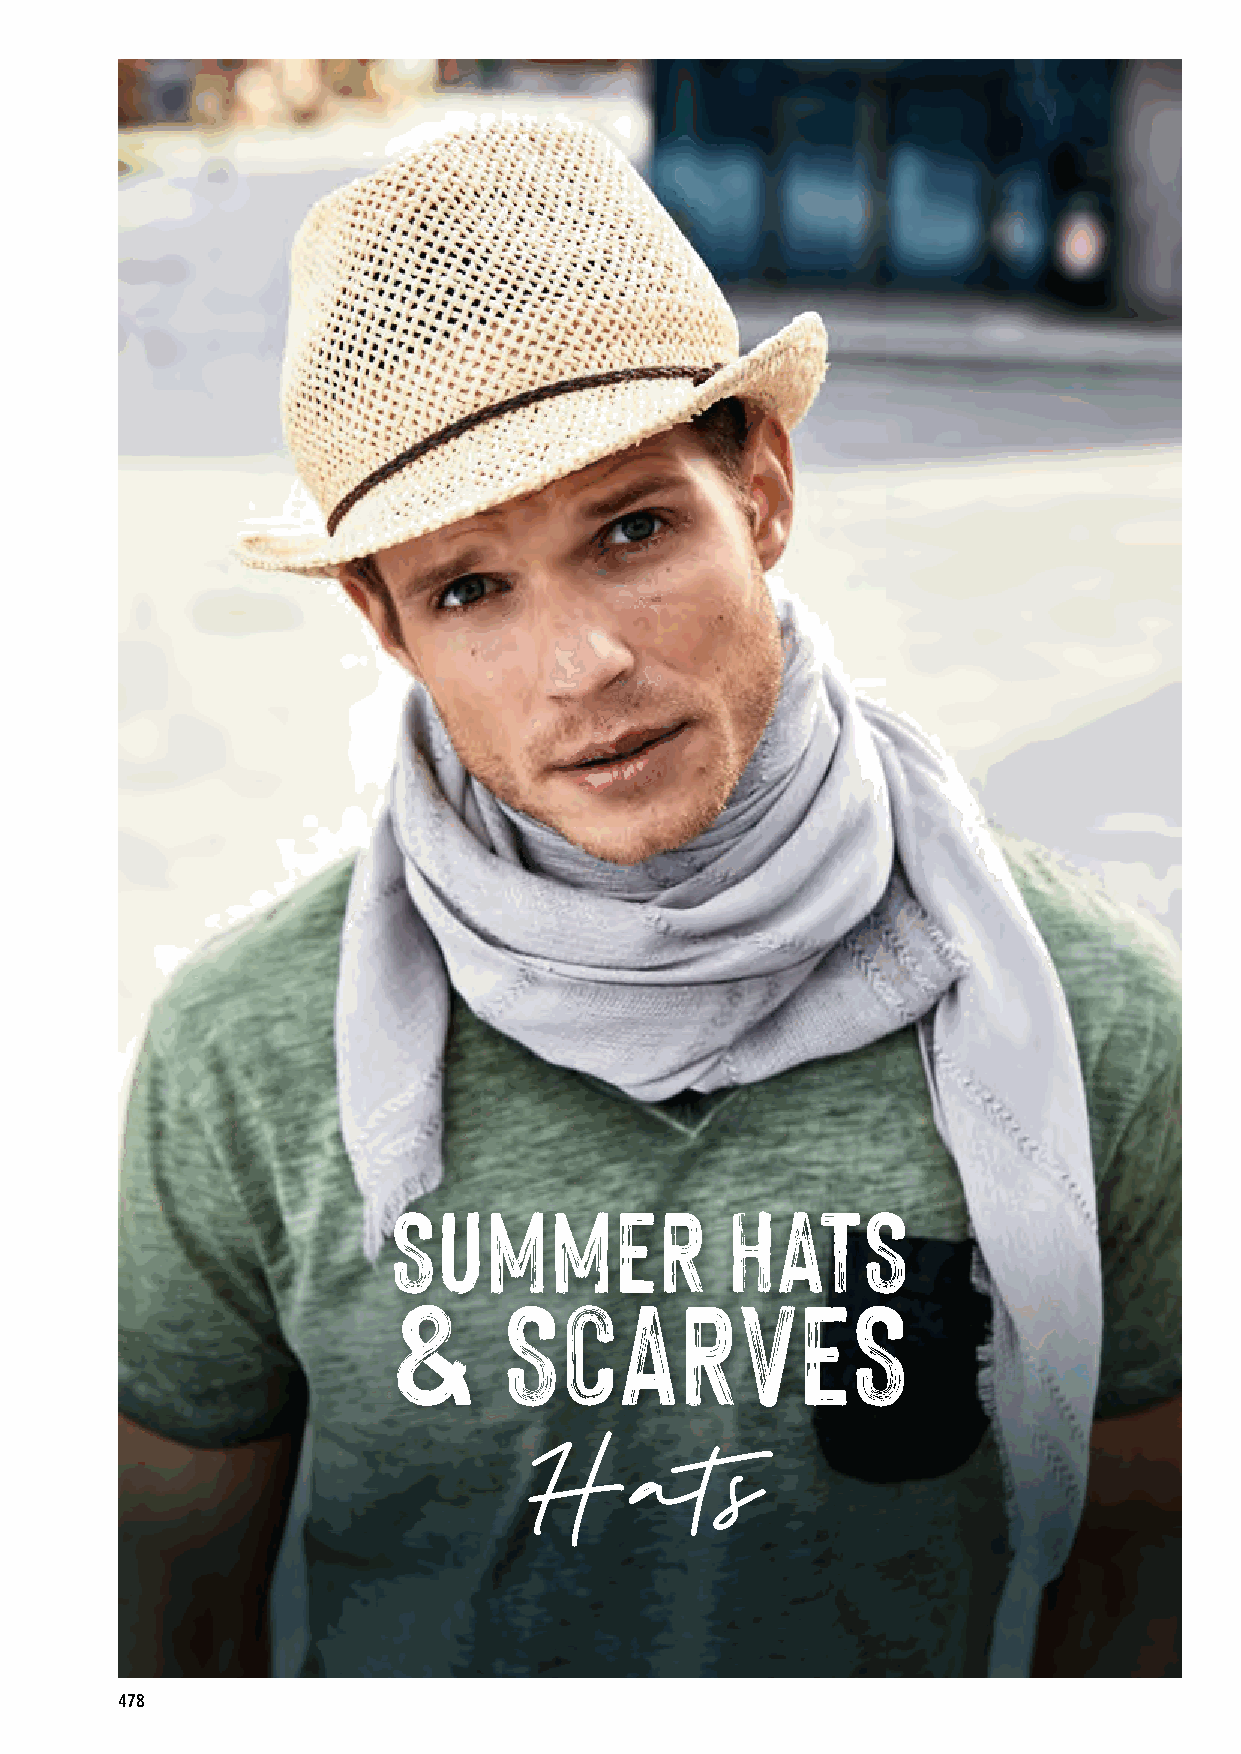
SUMMER                HATS
 &      SCARVES
 Hats
 478